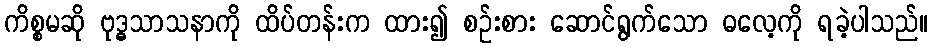
ကိစ္စမဆို ဗုဒ္ဓသာသနာကို ထိပ်တန်းက ထား၍ စဉ်းစား ဆောင်ရွက်သော ဓလေ့ကို ရခဲ့ပါသည်။